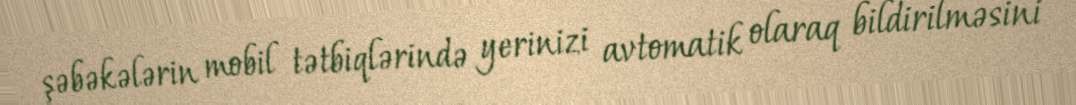
şəbəkələrin mobil tətbiqlərində yerinizi avtomatik olaraq bildirilməsini